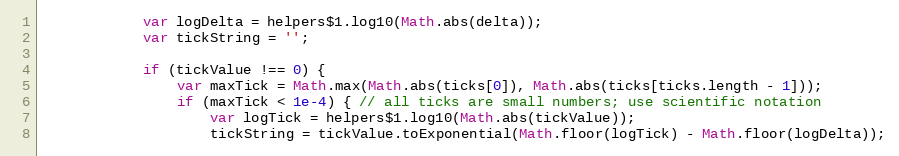
Language: JavaScript
			var logDelta = helpers$1.log10(Math.abs(delta));
			var tickString = '';

			if (tickValue !== 0) {
				var maxTick = Math.max(Math.abs(ticks[0]), Math.abs(ticks[ticks.length - 1]));
				if (maxTick < 1e-4) { // all ticks are small numbers; use scientific notation
					var logTick = helpers$1.log10(Math.abs(tickValue));
					tickString = tickValue.toExponential(Math.floor(logTick) - Math.floor(logDelta));